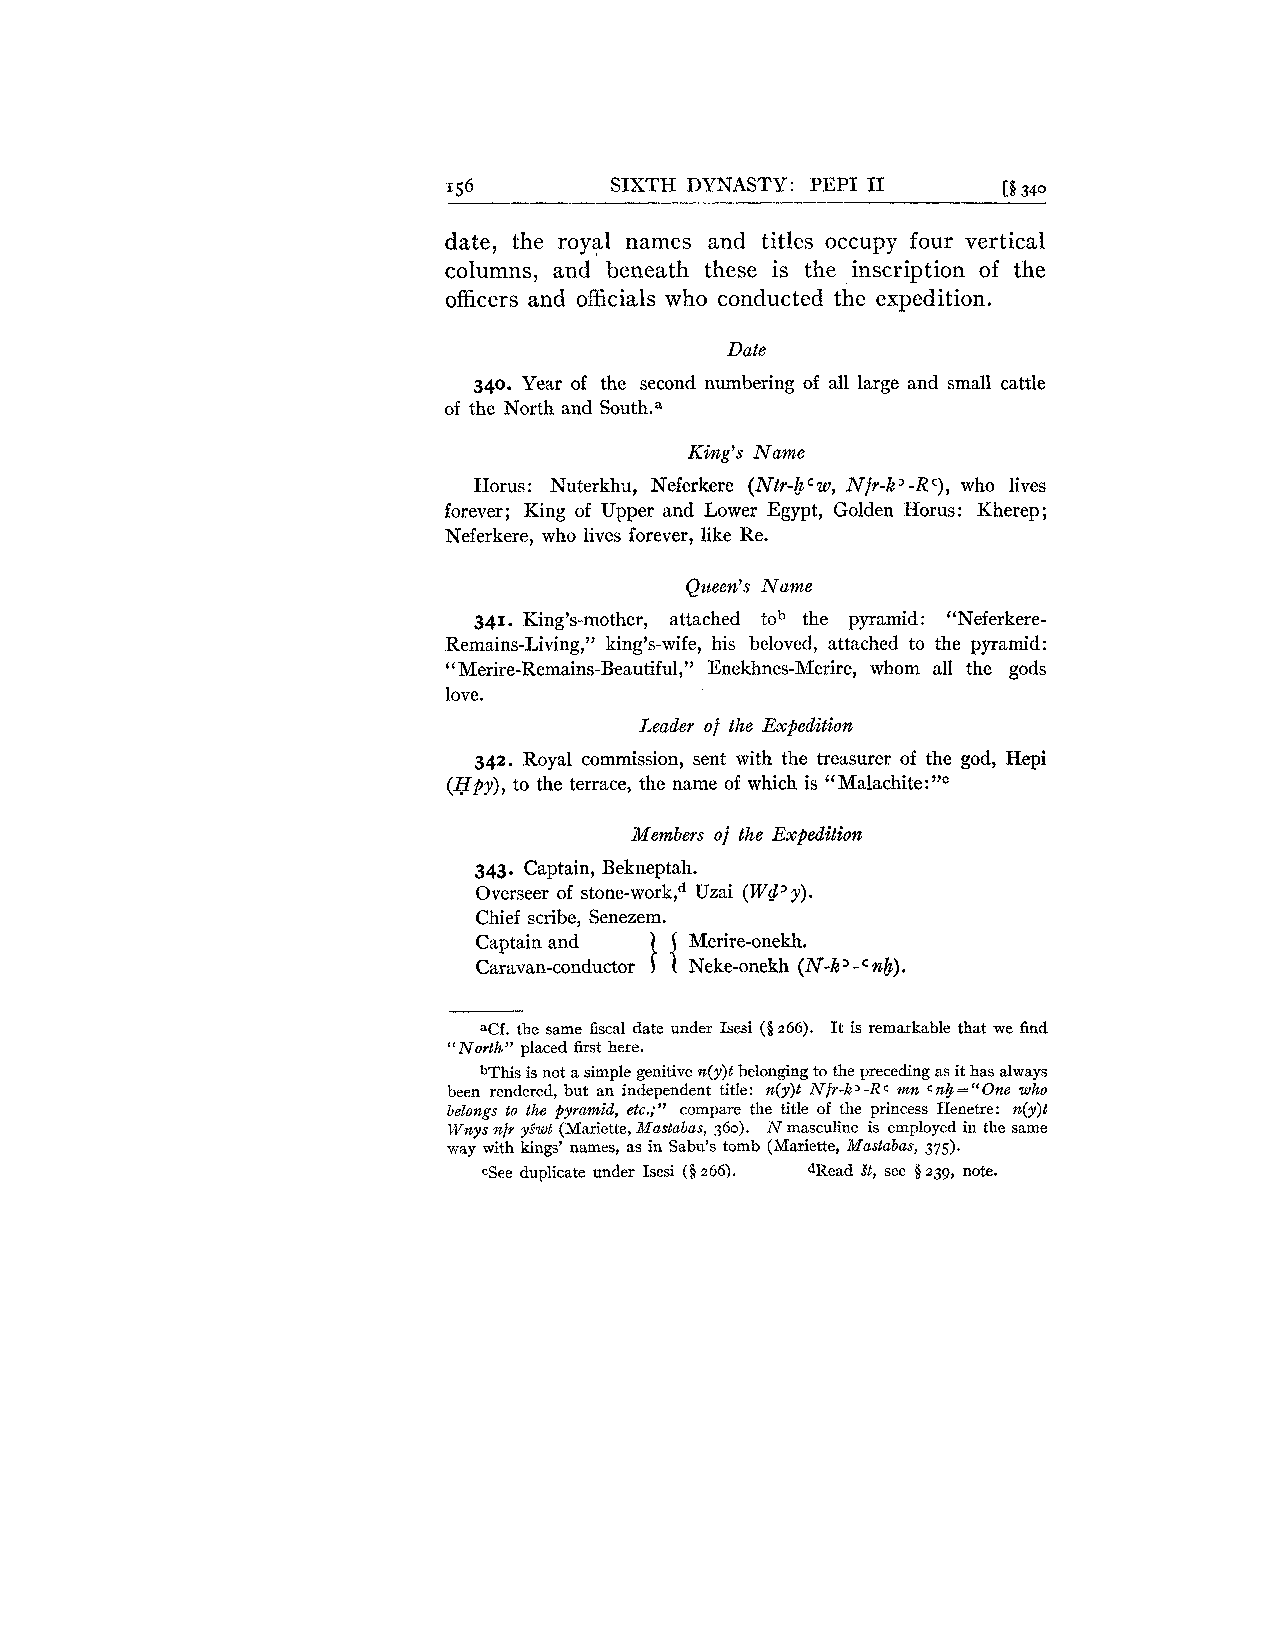
156        SIXTH DYNASTY: PEP1 I1   [! 340
 date, the royal names and titles occupy four vertical
 columns, and' beneath these is the inscription of the
 officers and officials who conducted the expedition.
 Date
 340. Year of the second numbering of all large and small cattle
 of the North and So~th.~
 King's Name
 Horus: Nuterkhu, Neferkere (Ntr-& w, Nfr-k3-R C ), who lives
 forever; King of Upper and Lower Egypt, Golden Horus: Kherep;
 Neferkere, who lives forever, like Re.
 Queen's Nume
 341. King's-mother, attached tob the pyramid: "Neferkere-
 Remains-Living," king's-wife, his beloved, attached to the pyramid:
 "Merire-Remains-Beautiful," Enekhnes-Merire, whom all the gods
 love.
 Leader of the Expedition
 342. Royal commission, sent with the treasurer of the god, Hepi
 (Hpy), to the terrace, the name of which is "Mala~hite:"~
 Members of the Expeditiort
 343. Captain, Bekneptah.
 Overseer of stone-work,d Uzai (Wd' y).
 1
 Chief scribe, Senezem. {
 Captain and   Merire-onekh.
 Caravan-conductor Neke-onekh (N-k -
 fib.).
 aCf. the same fiscal date under Isesi (5 266). It is remarkable that we find
 North" placed first here.
 'I
 bThis is not a simple genitive n(y)t belonging to the preceding as it has always
 been rendered, but an independent title: n(y)t Nfr-k 3 -R C mn c nb = " One who
 belongs to the pyramid, etc.;" compare the title of the princess Henetre: n(y)t
 Wnys nfi ySwt (Mariette, Mastabas, 360). N masculine is employed in the same
 way with kings' names, as in Sabu's tomb (Mariette, Mastabas, 375).
 cSee duplicate under Isesi (Q2 66). dRead St, see 5 239, note.